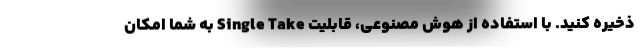
ذخیره کنید. با استفاده از هوش مصنوعی، قابلیت Single Take به شما امکان